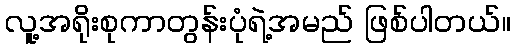
လူ့အရိုးစုကာတွန်းပုံရဲ့အမည် ဖြစ်ပါတယ်။